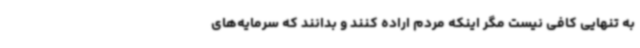
به تنهایی کافی نیست مگر اینکه مردم اراده کنند و بدانند که سرمایه‌های